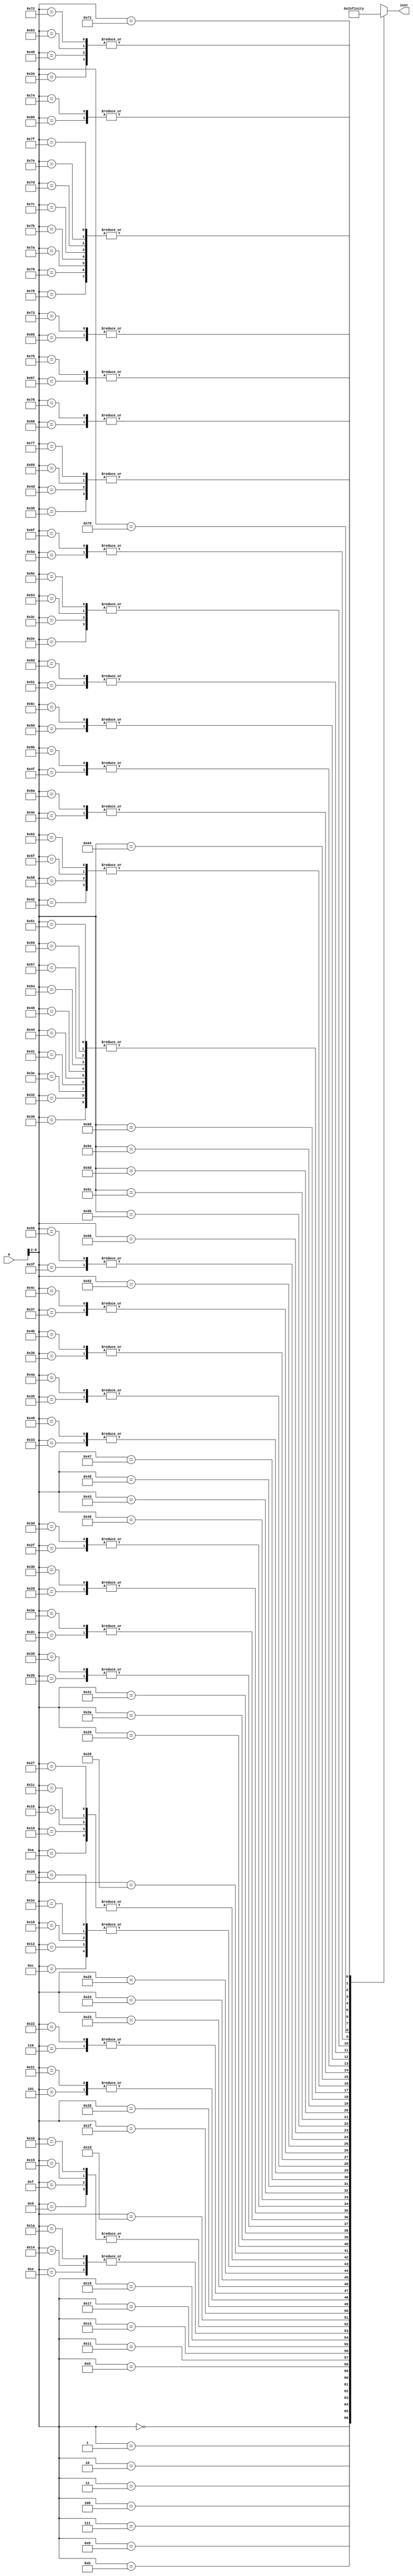
/************************************************
  The Verilog HDL code example is from the book
  Computer Principles and Design in Verilog HDL
  by Yamin Li, published by A JOHN WILEY & SONS
************************************************/
module scinstmem_i2c_eeprom (a,inst); // instruction memory, rom
    input  [31:0] a;                  // address
    output [31:0] inst;               // instruction
    wire   [31:0] rom [0:127];        // rom cells: 128 words * 32 bits
    assign inst = rom[a[8:2]];        // use word address to read rom
    // rom[word_addr] = instruction
    assign rom[7'h00] = 32'b00110100000111010000000100000000;
    assign rom[7'h01] = 32'b00111100000010001100000000000000;
    assign rom[7'h02] = 32'b00111100000010011010000000000001;
    assign rom[7'h03] = 32'b00111100000000010000000000000000;
    assign rom[7'h04] = 32'b00110100001000010000000000000000;
    assign rom[7'h05] = 32'b00110100000001000000101001010101;
    assign rom[7'h06] = 32'b00110100000001110000000000000001;
    assign rom[7'h07] = 32'b10001100001001100000000000000000;
    assign rom[7'h08] = 32'b00000000000001100010111000000010;
    assign rom[7'h09] = 32'b00001100000000000000000000101011;
    assign rom[7'h0a] = 32'b00100000111001111111111111111111;
    assign rom[7'h0b] = 32'b00010000111000000000000000010101;
    assign rom[7'h0c] = 32'b00100000100001000000000000000001;
    assign rom[7'h0d] = 32'b00000000000001100010101000000000;
    assign rom[7'h0e] = 32'b00000000000001010010111000000010;
    assign rom[7'h0f] = 32'b00001100000000000000000000101011;
    assign rom[7'h10] = 32'b00100000111001111111111111111111;
    assign rom[7'h11] = 32'b00010000111000000000000000001111;
    assign rom[7'h12] = 32'b00100000100001000000000000000001;
    assign rom[7'h13] = 32'b00000000000001100010110000000000;
    assign rom[7'h14] = 32'b00000000000001010010111000000010;
    assign rom[7'h15] = 32'b00001100000000000000000000101011;
    assign rom[7'h16] = 32'b00100000111001111111111111111111;
    assign rom[7'h17] = 32'b00010000111000000000000000001001;
    assign rom[7'h18] = 32'b00100000100001000000000000000001;
    assign rom[7'h19] = 32'b00000000000001100010111000000000;
    assign rom[7'h1a] = 32'b00000000000001010010111000000010;
    assign rom[7'h1b] = 32'b00001100000000000000000000101011;
    assign rom[7'h1c] = 32'b00100000111001111111111111111111;
    assign rom[7'h1d] = 32'b00010000111000000000000000000011;
    assign rom[7'h1e] = 32'b00100000100001000000000000000001;
    assign rom[7'h1f] = 32'b00100000001000010000000000000100;
    assign rom[7'h20] = 32'b00001000000000000000000000000111;
    assign rom[7'h21] = 32'b00110100000001000000101001010101;
    assign rom[7'h22] = 32'b00110100000001110000000000000001;
    assign rom[7'h23] = 32'b00001100000000000000000000111001;
    assign rom[7'h24] = 32'b10101101000000100000000000000000;
    assign rom[7'h25] = 32'b00100001000010000000000000000100;
    assign rom[7'h26] = 32'b00100000100001000000000000000001;
    assign rom[7'h27] = 32'b00100000111001111111111111111111;
    assign rom[7'h28] = 32'b00010000111000000000000000000001;
    assign rom[7'h29] = 32'b00001000000000000000000000100011;
    assign rom[7'h2a] = 32'b00001000000000000000000000101010;
    assign rom[7'h2b] = 32'b00100011101111011111111111110000;
    assign rom[7'h2c] = 32'b10101111101111110000000000001100;
    assign rom[7'h2d] = 32'b10101111101111100000000000001000;
    assign rom[7'h2e] = 32'b00000000000111011111000000000000;
    assign rom[7'h2f] = 32'b00001100000000000000000001001110;
    assign rom[7'h30] = 32'b00001100000000000000000001101010;
    assign rom[7'h31] = 32'b10101101001001010000000000000100;
    assign rom[7'h32] = 32'b00001100000000000000000001101010;
    assign rom[7'h33] = 32'b10101101001000000000000000001100;
    assign rom[7'h34] = 32'b00000000000111101110100000000000;
    assign rom[7'h35] = 32'b10001111101111100000000000001000;
    assign rom[7'h36] = 32'b10001111101111110000000000001100;
    assign rom[7'h37] = 32'b00100011101111010000000000010000;
    assign rom[7'h38] = 32'b00000011111000000000000000001000;
    assign rom[7'h39] = 32'b00100011101111011111111111110000;
    assign rom[7'h3a] = 32'b10101111101111110000000000001100;
    assign rom[7'h3b] = 32'b10101111101111100000000000001000;
    assign rom[7'h3c] = 32'b00000000000111011111000000000000;
    assign rom[7'h3d] = 32'b00001100000000000000000001001110;
    assign rom[7'h3e] = 32'b00001100000000000000000001101010;
    assign rom[7'h3f] = 32'b10101101001000000000000000000000;
    assign rom[7'h40] = 32'b00110100000000100000000010100001;
    assign rom[7'h41] = 32'b00001100000000000000000001101010;
    assign rom[7'h42] = 32'b10101101001000100000000000000100;
    assign rom[7'h43] = 32'b00110100000000100000000000000001;
    assign rom[7'h44] = 32'b00001100000000000000000001101010;
    assign rom[7'h45] = 32'b10101101001000100000000000001000;
    assign rom[7'h46] = 32'b00001100000000000000000001101010;
    assign rom[7'h47] = 32'b10001101001000100000000000000000;
    assign rom[7'h48] = 32'b10101101001000000000000000001100;
    assign rom[7'h49] = 32'b00000000000111101110100000000000;
    assign rom[7'h4a] = 32'b10001111101111100000000000001000;
    assign rom[7'h4b] = 32'b10001111101111110000000000001100;
    assign rom[7'h4c] = 32'b00100011101111010000000000010000;
    assign rom[7'h4d] = 32'b00000011111000000000000000001000;
    assign rom[7'h4e] = 32'b00100011101111011111111111101100;
    assign rom[7'h4f] = 32'b10101111101111110000000000010000;
    assign rom[7'h50] = 32'b10101111101111100000000000001100;
    assign rom[7'h51] = 32'b10101111101001100000000000001000;
    assign rom[7'h52] = 32'b10101111101000100000000000000100;
    assign rom[7'h53] = 32'b00000000000111011111000000000000;
    assign rom[7'h54] = 32'b00001100000000000000000001101010;
    assign rom[7'h55] = 32'b10101101001000000000000000000000;
    assign rom[7'h56] = 32'b00110100000000100000000010100000;
    assign rom[7'h57] = 32'b00001100000000000000000001101010;
    assign rom[7'h58] = 32'b10101101001000100000000000000100;
    assign rom[7'h59] = 32'b00001100000000000000000001101010;
    assign rom[7'h5a] = 32'b10001101001001100000000000000100;
    assign rom[7'h5b] = 32'b00110000110001100000000000001000;
    assign rom[7'h5c] = 32'b00010100110000001111111111111000;
    assign rom[7'h5d] = 32'b00000000000001000001001000000010;
    assign rom[7'h5e] = 32'b00110000010000100000000000001111;
    assign rom[7'h5f] = 32'b10101101001000100000000000000100;
    assign rom[7'h60] = 32'b00110000100000100000000011111111;
    assign rom[7'h61] = 32'b00001100000000000000000001101010;
    assign rom[7'h62] = 32'b10101101001000100000000000000100;
    assign rom[7'h63] = 32'b00000000000111101110100000000000;
    assign rom[7'h64] = 32'b10001111101000100000000000000100;
    assign rom[7'h65] = 32'b10001111101001100000000000001000;
    assign rom[7'h66] = 32'b10001111101111100000000000001100;
    assign rom[7'h67] = 32'b10001111101111110000000000010000;
    assign rom[7'h68] = 32'b00100011101111010000000000010100;
    assign rom[7'h69] = 32'b00000011111000000000000000001000;
    assign rom[7'h6a] = 32'b00100011101111011111111111101100;
    assign rom[7'h6b] = 32'b10101111101111110000000000010000;
    assign rom[7'h6c] = 32'b10101111101111100000000000001100;
    assign rom[7'h6d] = 32'b10101111101001100000000000001000;
    assign rom[7'h6e] = 32'b00000000000111011111000000000000;
    assign rom[7'h6f] = 32'b10001101001001100000000000000100;
    assign rom[7'h70] = 32'b00110000110001100000000000100000;
    assign rom[7'h71] = 32'b00010000110000001111111111111101;
    assign rom[7'h72] = 32'b00000000000111101110100000000000;
    assign rom[7'h73] = 32'b10001111101001100000000000001000;
    assign rom[7'h74] = 32'b10001111101111100000000000001100;
    assign rom[7'h75] = 32'b10001111101111110000000000010000;
    assign rom[7'h76] = 32'b00100011101111010000000000010100;
    assign rom[7'h77] = 32'b00000011111000000000000000001000;
    assign rom[7'h78] = 32'b00000000000000000000000000000000;
    assign rom[7'h79] = 32'b00000000000000000000000000000000;
    assign rom[7'h7a] = 32'b00000000000000000000000000000000;
    assign rom[7'h7b] = 32'b00000000000000000000000000000000;
    assign rom[7'h7c] = 32'b00000000000000000000000000000000;
    assign rom[7'h7d] = 32'b00000000000000000000000000000000;
    assign rom[7'h7e] = 32'b00000000000000000000000000000000;
    assign rom[7'h7f] = 32'b00000000000000000000000000000000;
endmodule